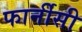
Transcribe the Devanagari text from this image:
फार्नीसी